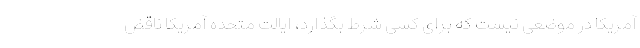
آمریکا در موضعی نیست که برای کسی شرط بگذارد، ایالت متحده آمریکا ناقض